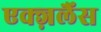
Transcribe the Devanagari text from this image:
एक्ज़लैंस